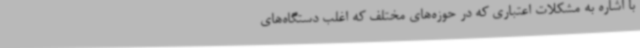
با اشاره به مشکلات اعتباری که در حوزه‌های مختلف که اغلب دستگاه‌های